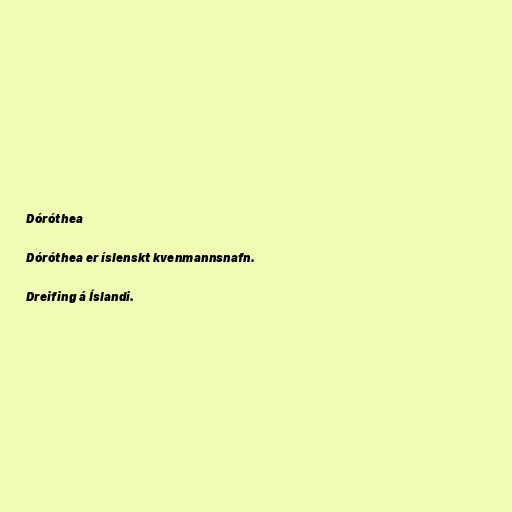
Dóróthea

Dóróthea er íslenskt kvenmannsnafn.

Dreifing á Íslandi.